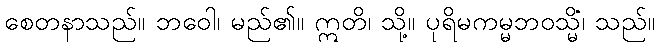
စေတနာသည်။ ဘဝေါ၊ မည်၏။ ဣတိ၊ သို့။ ပုရိမကမ္မဘဝသ္မိံ၊ သည်။